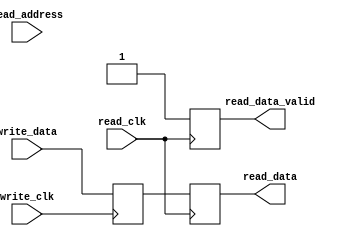
module dual_port_register (
    input wire write_clk,
    input wire read_clk,
    input wire [31:0] write_data,
    input wire [31:0] read_address,
    output reg [31:0] read_data,
    output reg read_data_valid
);

reg [31:0] storage_reg;

always @(posedge write_clk) begin
    storage_reg <= write_data;
end

always @(posedge read_clk) begin
    read_data <= storage_reg;
    read_data_valid <= 1;
end

endmodule